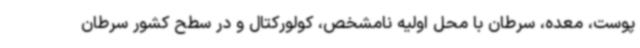
پوست، معده، سرطان با محل اولیه نامشخص، کولورکتال و در سطح کشور سرطان